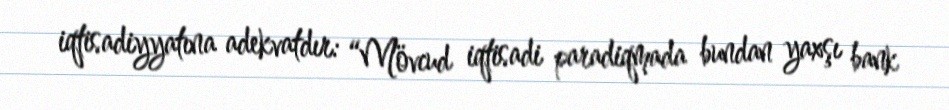
iqtisadiyyatına adekvatdır: “Mövcud iqtisadi paradiqmada bundan yaxşı bank